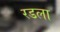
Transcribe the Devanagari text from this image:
रडला